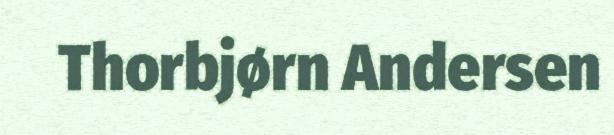
Thorbjørn Andersen